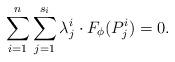
LaTeX: \begin{align*}\sum_{i=1}^n \sum_{j=1}^{s_i} \lambda_j^i\cdot F_\phi(P_j^i) = 0.\end{align*}